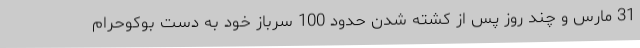
31 مارس و چند روز پس از کشته شدن حدود 100 سرباز خود به دست بوکوحرام